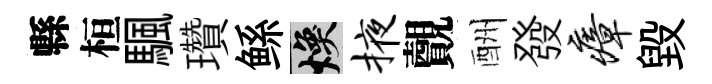
縣桓颿瓚鲧焕掖覿酬發瘴毁